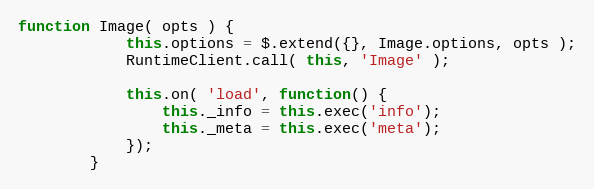
Language: JavaScript
function Image( opts ) {
            this.options = $.extend({}, Image.options, opts );
            RuntimeClient.call( this, 'Image' );

            this.on( 'load', function() {
                this._info = this.exec('info');
                this._meta = this.exec('meta');
            });
        }